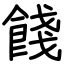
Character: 餞